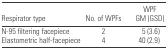
<table><thead><tr><td><b>Respirator type</b></td><td><b>No. of WPFs</b></td><td><b>WPF GM (GSD)</b></td></tr></thead><tbody><tr><td>N-95 filtering facepiece</td><td>2</td><td>5 (3.6)</td></tr><tr><td>Elastometric half-facepiece</td><td>4</td><td>40 (2.9)</td></tr></tbody></table>